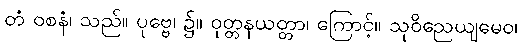
တံ ဝစနံ၊ သည်။ ပုဗ္ဗေ၊ ၌။ ဝုတ္တနယတ္တာ၊ ကြောင့်။ သုဝိညေယျမေဝ၊